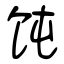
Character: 饨